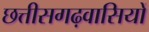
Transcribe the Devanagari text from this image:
छत्तीसगढ़वासियों